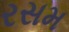
રસમ